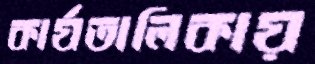
কার্যতালিকায়